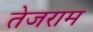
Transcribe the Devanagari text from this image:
तेजराम